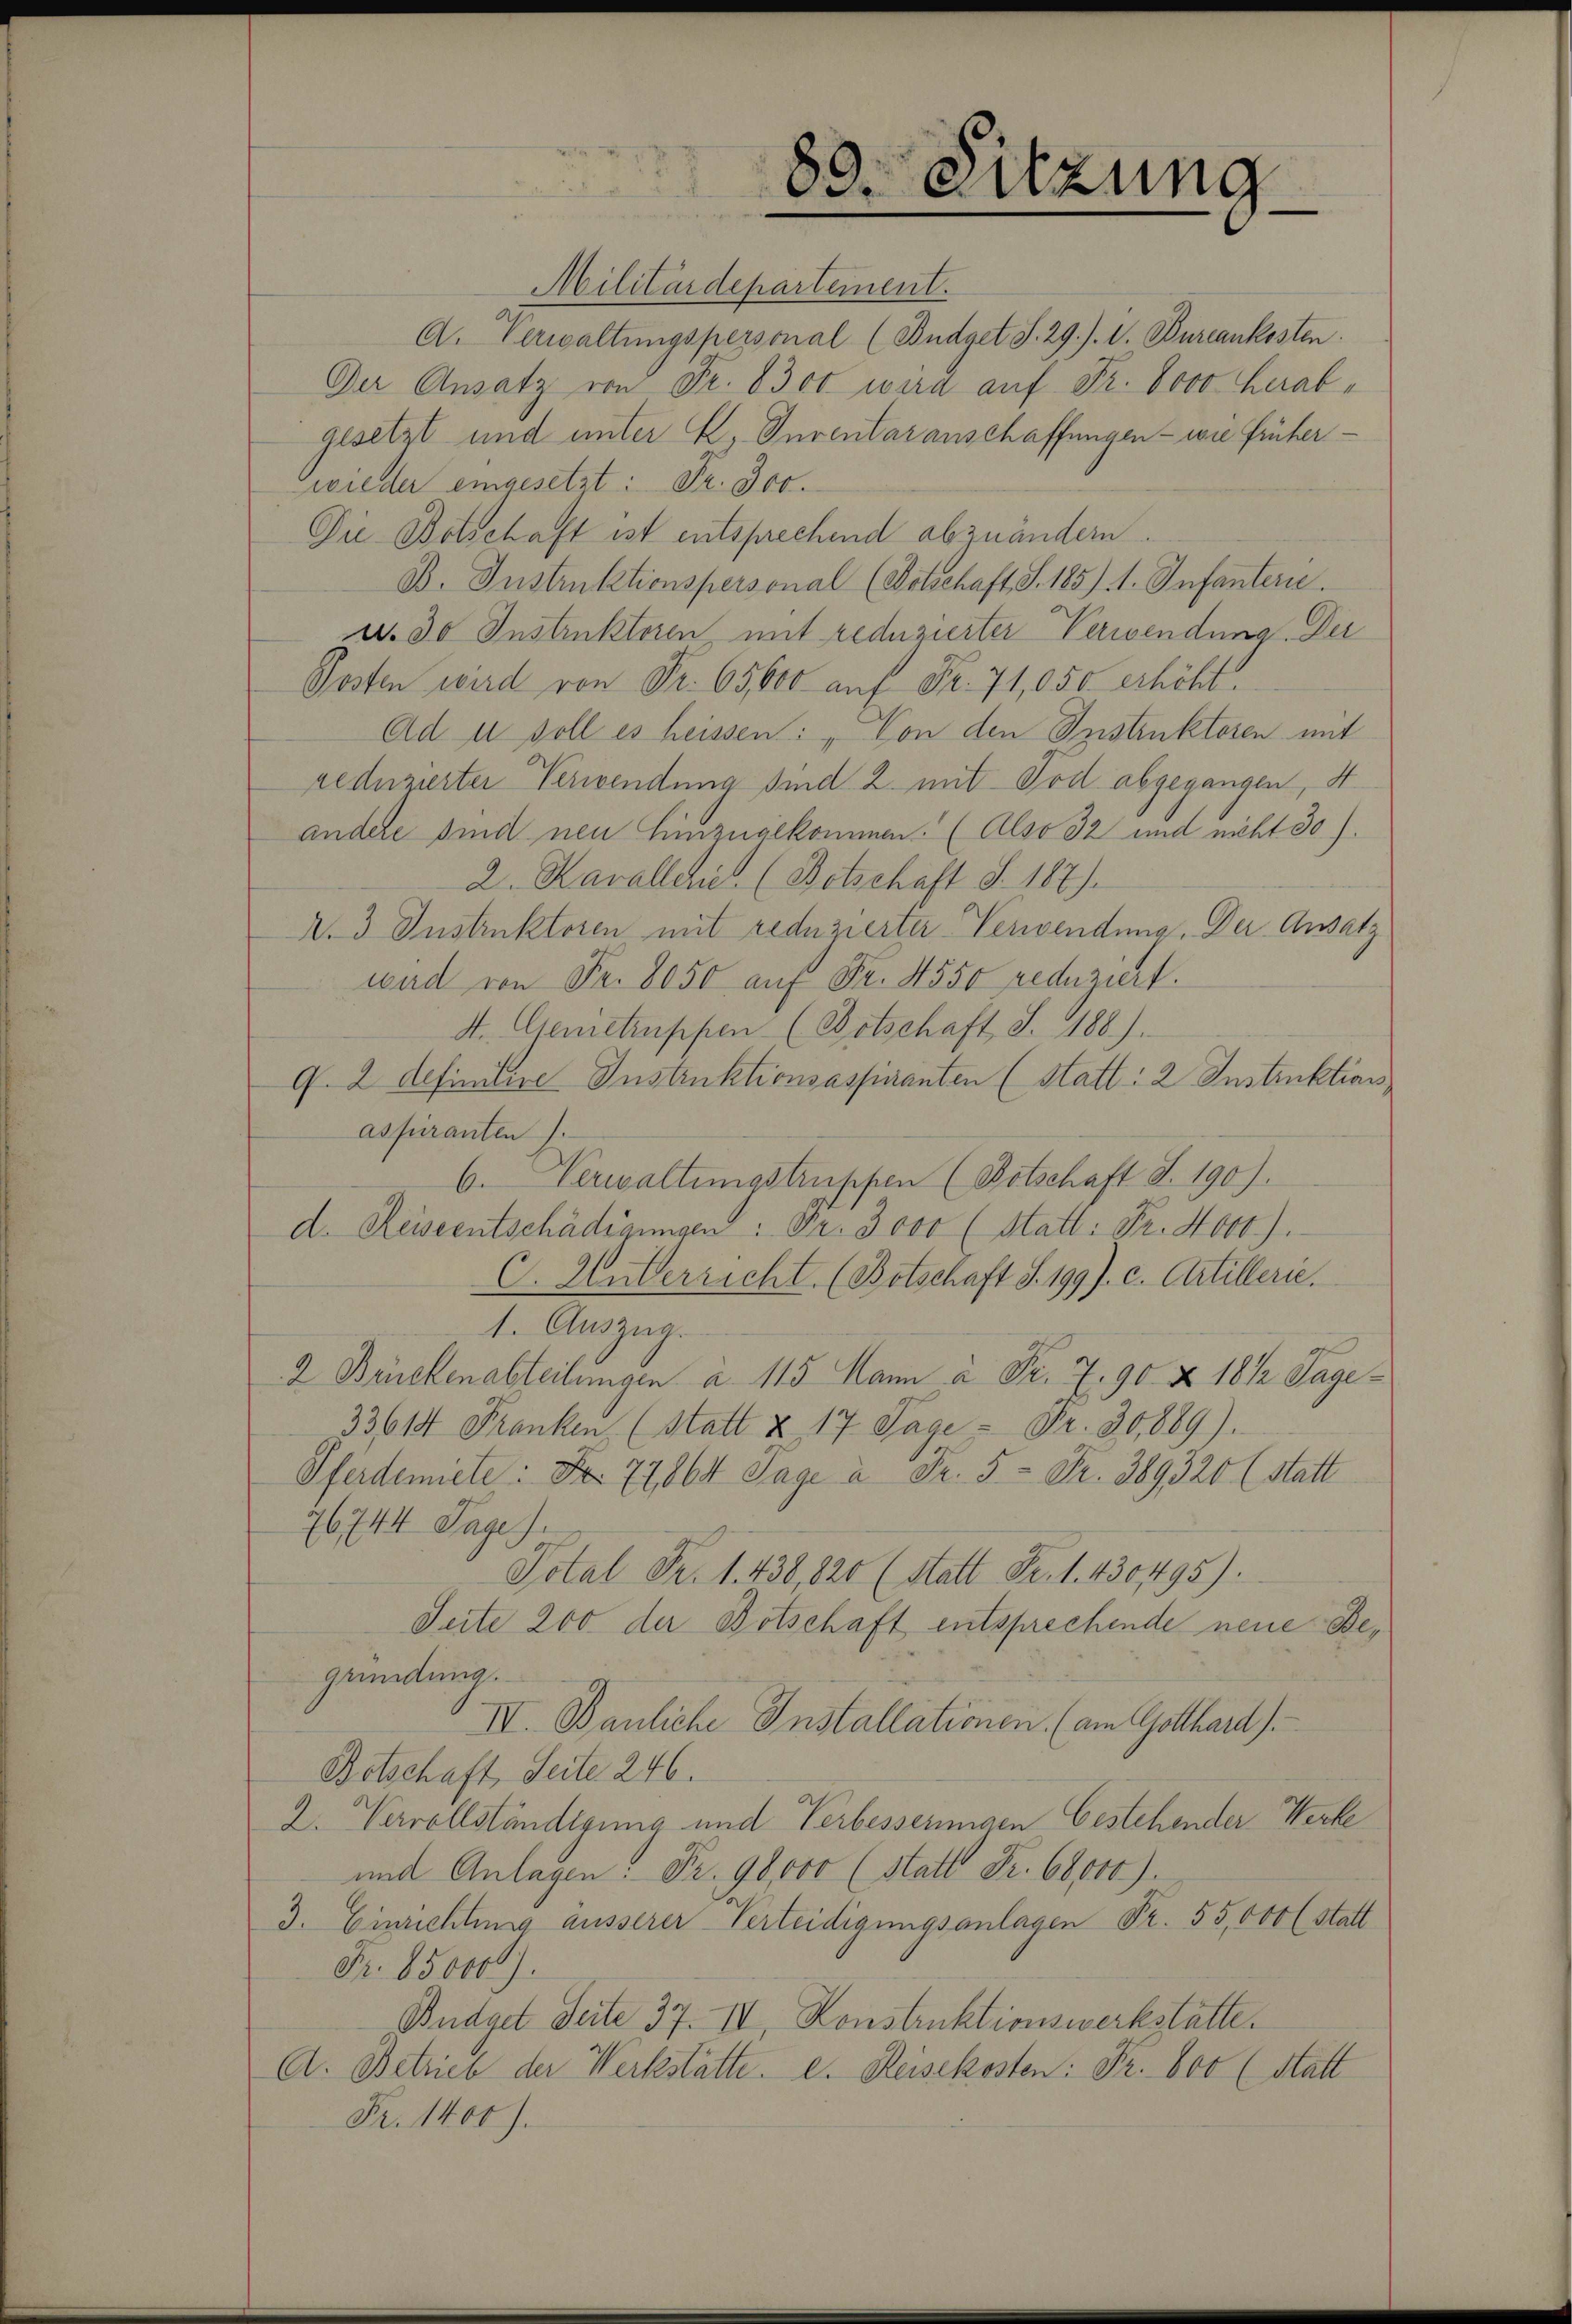
80. Sitzung

Militärdepartement.
A. Verwaltungspersonal (Budget S. 29. /. V. Burcankosten.
Der Ansatz von Fr. 8300 wird auf Fr. Bovo herabgesetzt und unter E. Inventar anschaffungen - wie früherwieder eingesetzt: Fr. 300.
Die Botschaft ist entsprechend abzuändern.
B. Instruktionspersonal (Botschaft S. 185) A. Infantern.
d. 30 Instruktoren, mit reduzierter Verwendung. Der
Posten wird von Fr. 65,000 auf Fr. 71,050 erhöht.
Ad in soll es heissen: „Von den Instruktoren mit
reduzierter Verwendung sind 2. mit Tod abgegangen, 4.
andere sind neu hinzualkommen. (Also 32 und nicht 30).
2. Kavallche (Botschaft §. 187).
N. 3 Instruktoren mit reduzierter Verwendung. Der Ansatz
wad von Fr. 8050 auf Fr. 4550 reduziert.
4. Genietruppen (Botschaft S. 188).
G. 2 definitire Instruktionsassiranten (Statt: 2 Instruktion
aspiranten).
6. Verwaltungstruppen (Botschaft S. 190).
d. Reiseentschädigungen: Fr. 3000 (Statt: Fr. 4000).
C. Mutterricht. (Botschaft S. 1997. c. Artillerie.
1. Auszug.
2 Brückenabteilungen a. 115 Mann à Fr. 7. 90 & 18 1/2 Tage
33613 Franken (statt & 17 Tage - Fr. 30,889).
Pferdemiete: No 77, 864 Tage à Fr. 5.- Fr. 389320 (statt
7644 Tage).
Total Fr. 1. 438, 820 (statt Fr. 1. 430495).
Seite 200 der Botschaft entsprechende neue Begründung.
IV. Bauliche Installationen (am Gotthard).
Betschaft, Seite 246.
2. Nervollständigung und Verbesseringen bestehender Werke
und Anlagen: Fr. 90,000 (statt Fr. 68000).
3. Einrichtung äusserer Verteidigungsanlagen Fr. 55,000 (statt
Fr. 650000.
Budget Seite 37. IV, Konstruktionswerkstätte.
A. Betrieb der Werkstätte. e. Reisekosten: Fr. boo (statt
Fr. 1400).